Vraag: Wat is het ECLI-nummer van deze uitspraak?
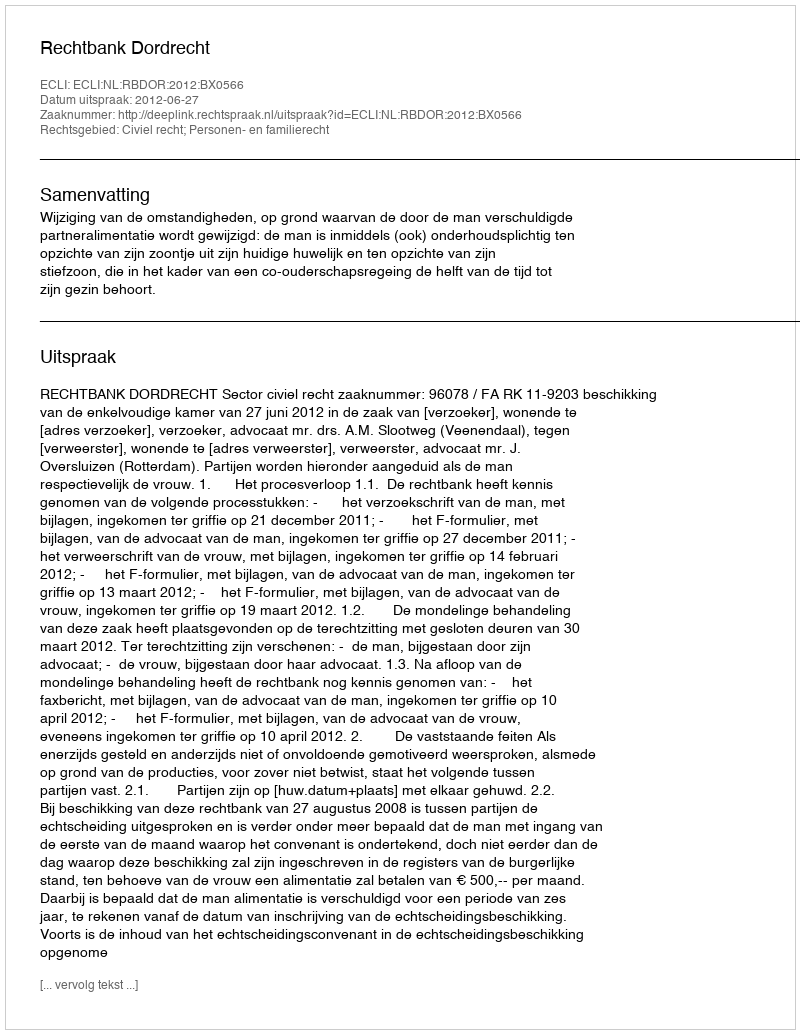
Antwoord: ECLI:NL:RBDOR:2012:BX0566